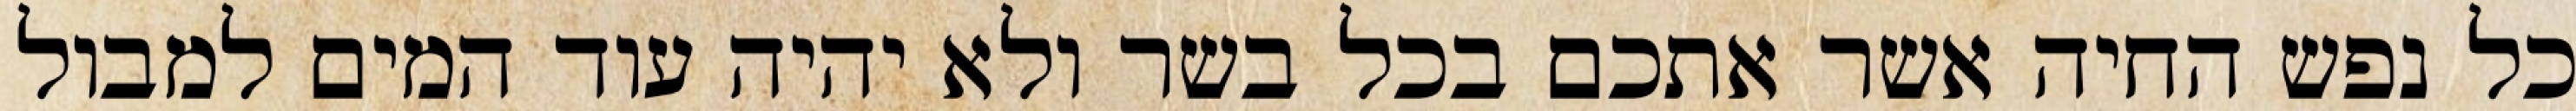
כל נפש החיה אשר אתכם בכל בשר ולא יהיה עוד המים למבול